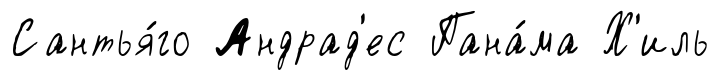
Сантья́го Андрад'ес Пана́ма Х'иль